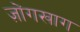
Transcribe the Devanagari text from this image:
ज़ोंगखाग